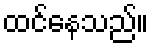
ထင်နေသည်။